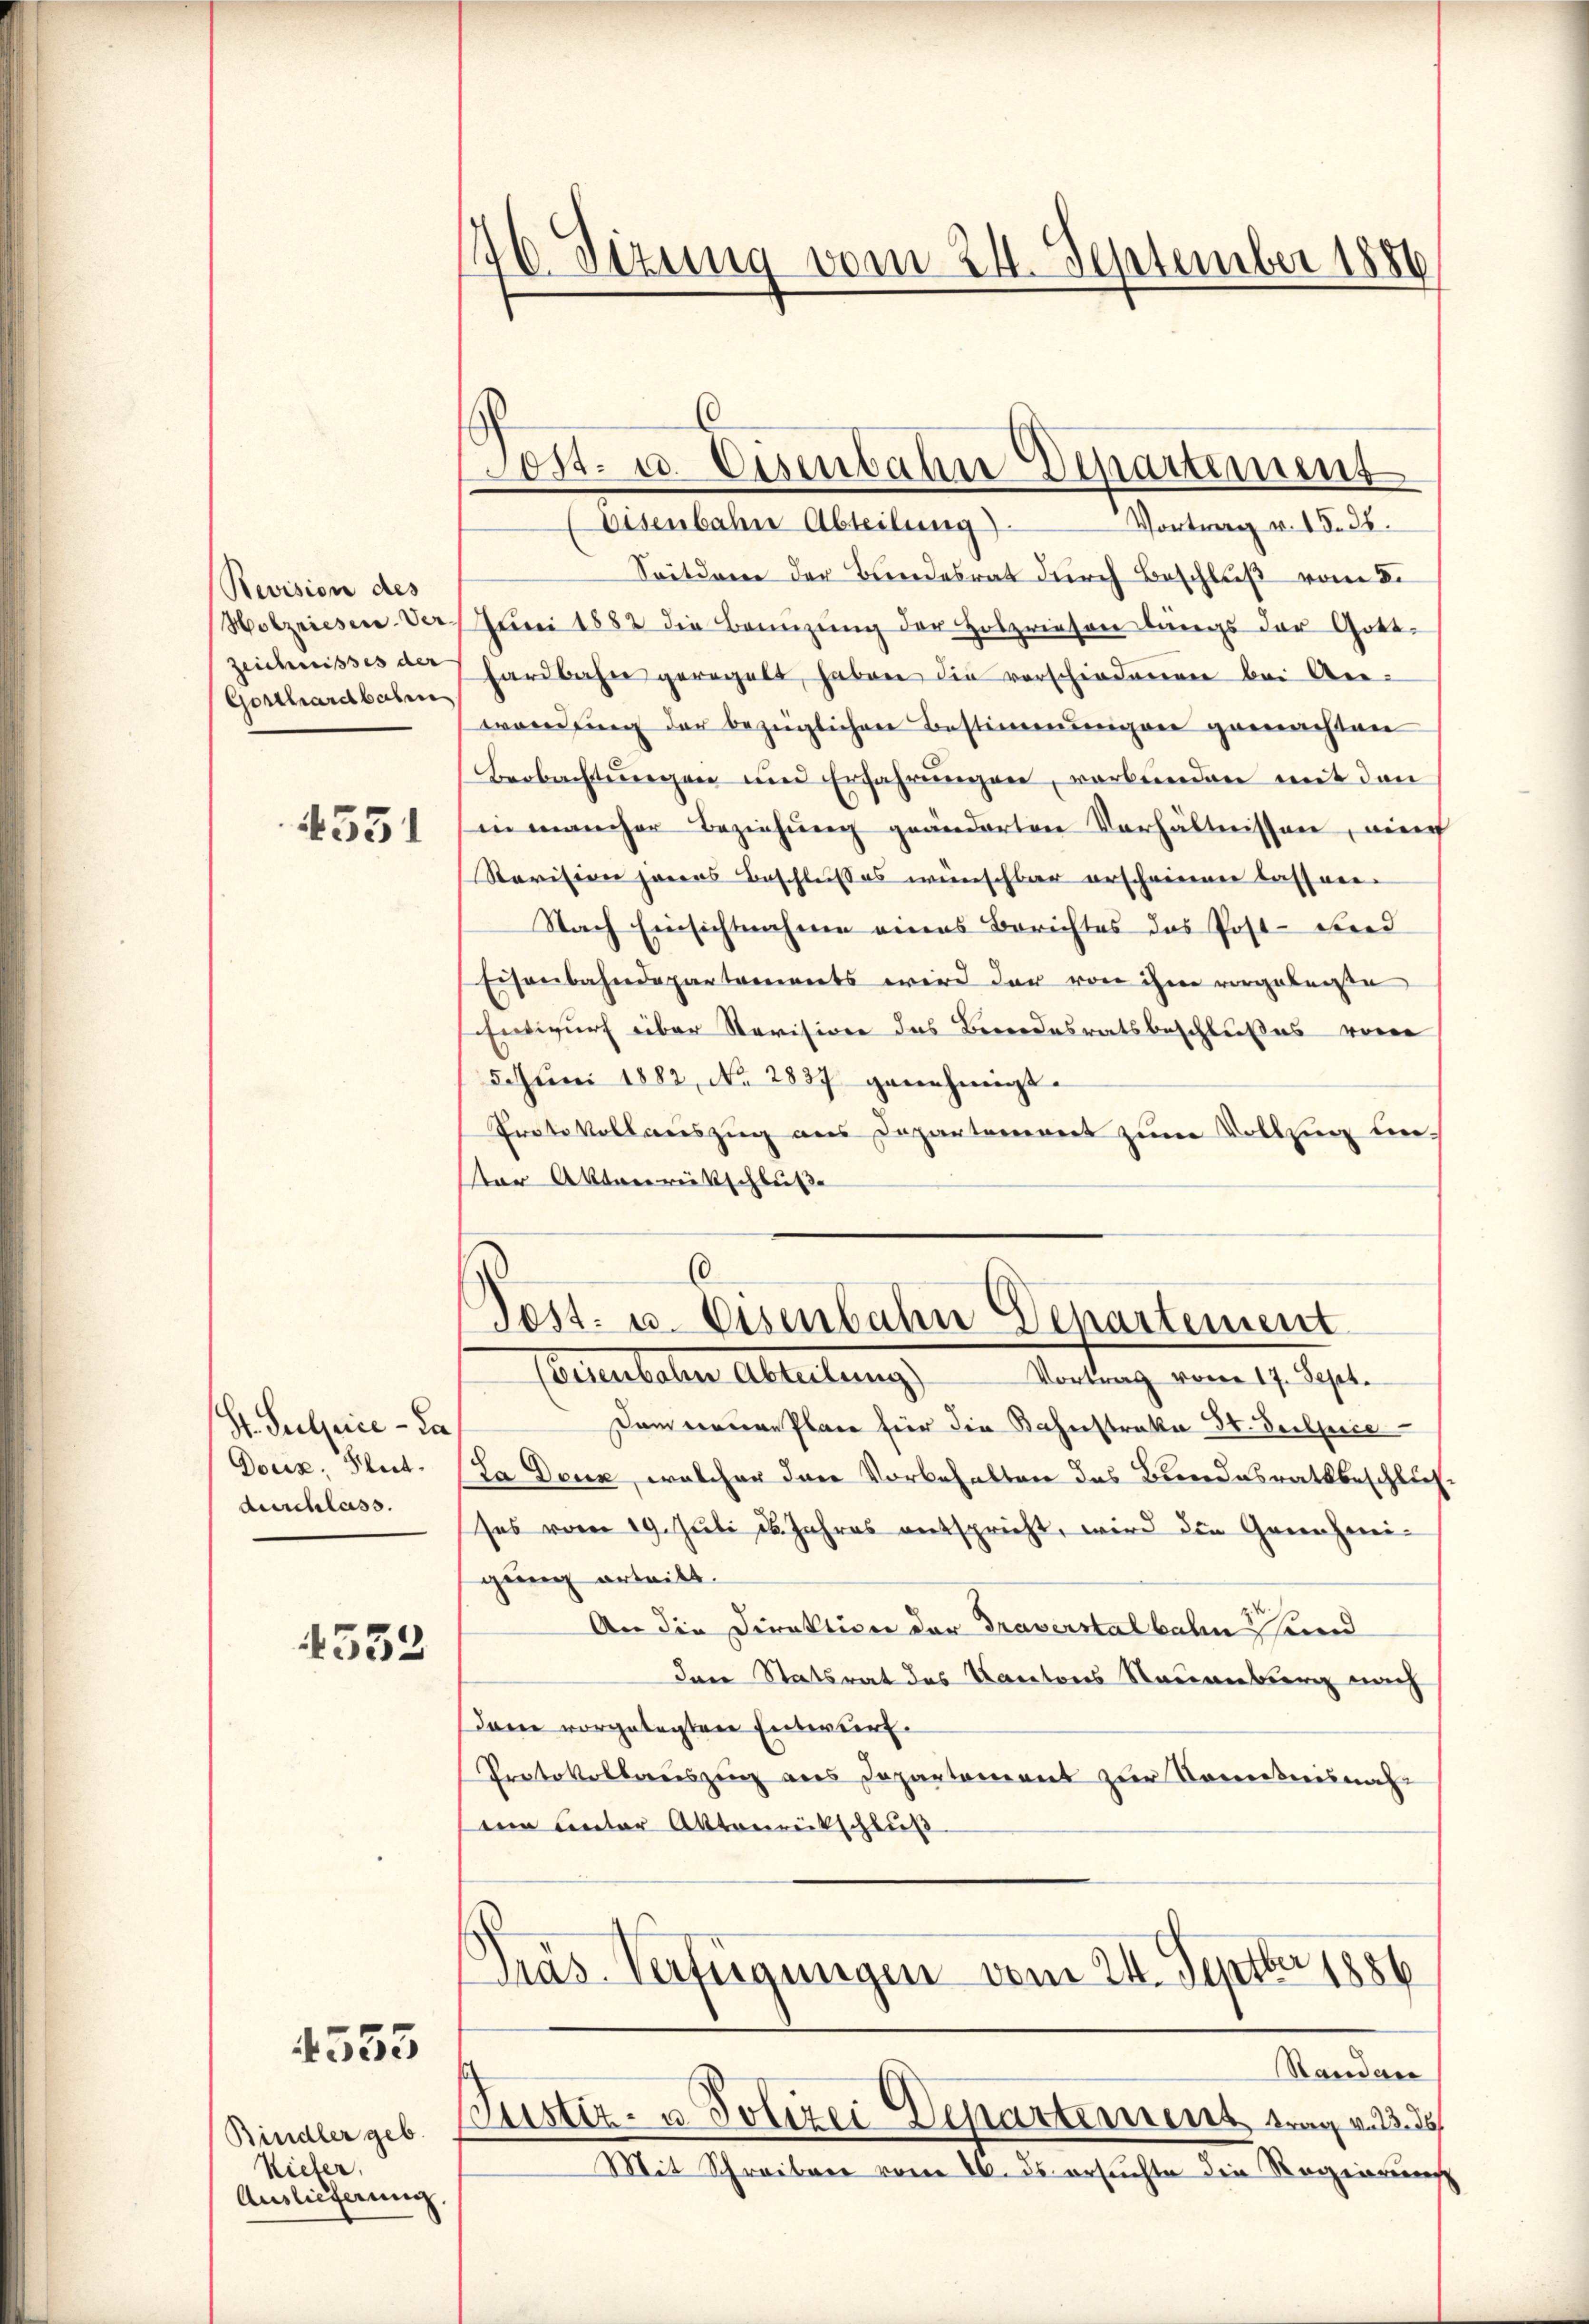
Revision des
Holzrieser-Ver¬
Zeichnisses der
Gosthardbahne

4351

Str. Suljice - da
Doux, Blut.
durchlass.

4552

4553

Bindler geb.
Kiefer,
Auslieferung.

26. Sizung vom 24. September 1886

Vortrag v. 18. 28.
Eisenbahn Abteilung).
Seitdem der Bundesrat durch Beschluß vom 8.
Jŭni 1882 die Beinzŭng der Holzriesen längs der Gott-
hardbahn geregelt, haben die vorschiedenen bei Anwondŭng der bezüglichen Bestimmungen gemachten
Beobachtungen und Erfahrungen, verbunden mit den
in mancher Beziehung geänderten Verhältnissen, nich
Ravision parens Beschlußes wünschbar erschwerenen lassner
Nach Einsichtnahme eines Berichtes das Post-Fried
Eisenbahndepartements wird der von ihm vorgeleiste
Entwurf über Revision des Berendesratsbeschlußes vor
5.Juni 1882, No. 2837 genehmigt.
Protokollauszug aus Departonierent zum Vollzug beter Aktenrütschluße
Eberleben Abteilung Antrag vom 19. Sept.
Dam wendere Plane für die Bahnstrakte Sr. Duclpice
La Denn, welcher das Vorbehalten das Bundesrathbeschließ
ses vom 19. Juli 16. Jahres entspricht, wird die Genehmigung erteilt.
An die Direktion der Traverstalbahn Fund
Dann Statsrat des Kantons Neuenburg nach
Dann vorgelegten Entwurf.
Protokollerauszeich aus Departement zur Somitnisnah
ei unter Aktenrütschluß
Pras Verfügungen vom 24. Septbr. 1886
Randere
Justiz- u. Polizei Departement trag v
Mit Schreiben vom 26. ds. ersuchte die Regierung

Lost- u. Eisenbahn Departement

6
Post- u. Eisenbahn Departement